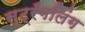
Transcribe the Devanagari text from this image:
स्ट्रँगलिंग